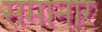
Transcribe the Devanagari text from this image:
समानार